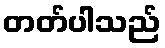
တတ်ပါသည်